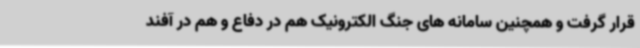
قرار گرفت و همچنین سامانه های جنگ الکترونیک هم در دفاع و هم در آفند